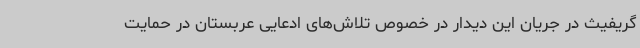
گریفیث در جریان این دیدار در خصوص تلاش‌های ادعایی عربستان در حمایت